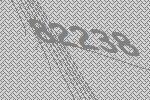
82238